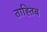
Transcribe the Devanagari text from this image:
ताह्तिब